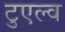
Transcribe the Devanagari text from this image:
टुएल्व